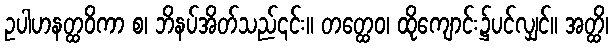
ဥပါဟနတ္ထဝိကာ စ၊ ဘိနပ်အိတ်သည်၎င်း။ တတ္ထေဝ၊ ထိုကျောင်း၌ပင်လျှင်။ အတ္ထိ၊